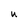
Character: U